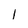
Character: l